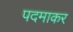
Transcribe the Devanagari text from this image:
पदमाकर